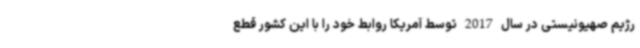
رژیم صهیونیستی در سال 2017 توسط آمریکا روابط خود را با این کشور قطع